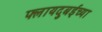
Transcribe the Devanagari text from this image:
फ्लायदुबईच्या